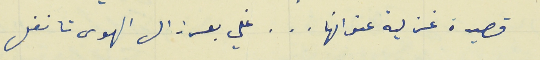
قصيدة غزلية عنوانها  .   .   .   غلي بعرزال الهوى تا نفل